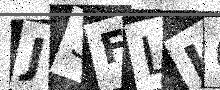
Text: J3FLL0